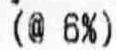
(@ 6%)